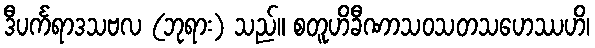
ဒီပင်္ကရာဒသဗလ (ဘုရား) သည်။ စတူဟိခီဏာသဝသတသဟေဿဟိ၊